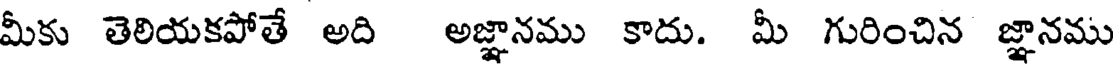
మీకు తెలియకపోతే అది అజ్ఞానము కాదు. మీ గురించిన జ్ఞానము